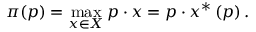
\pi ( p ) = \operatorname* { m a x } _ { x \in X } p \cdot x = p \cdot x ^ { \ast } \left( p \right) { \mathrm { . } }